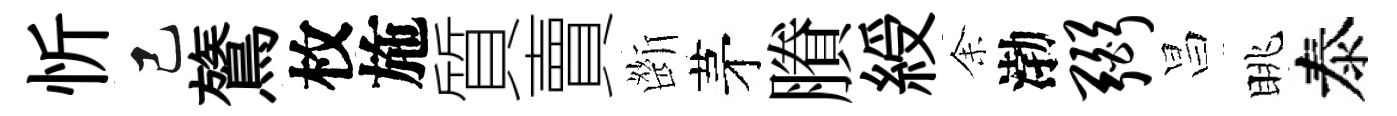
忻己鷟枚施質賣㫁茅賸綬𪜬渤弼昌眺泰